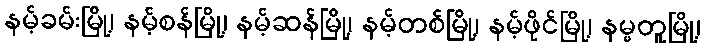
နမ့်ခမ်းမြို့၊ နမ့်စန်မြို့၊ နမ့်ဆန်မြို့၊ နမ့်တစ်မြို့၊ နမ့်ဖိုင်မြို့၊ နမ္မတူမြို့၊